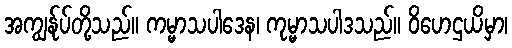
အကျွန်ုပ်တို့သည်။ ကမ္မာသပါဒေန၊ ကုမ္မာသပါဒသည်။ ဝိဟေဌယိမှာ၊